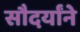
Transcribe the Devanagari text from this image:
सौदर्यांने